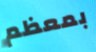
بمعظم